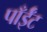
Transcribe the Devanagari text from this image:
पाँईँट